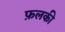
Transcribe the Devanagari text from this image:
फ़लकी